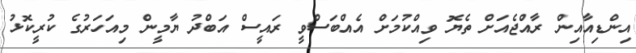
އިންޑިއާއިން ރާއްޖެއަށް ތެޔޮ ވިއްކުމަށް އެއްބަސްވީ ރައީސް އަބްދު ޔާމީން މިއަހަރުގެ ކުރީކޮޅު